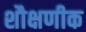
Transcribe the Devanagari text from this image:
शौक्षणीक